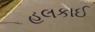
હલકાઈ